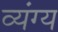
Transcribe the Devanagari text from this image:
व्‍यंग्य